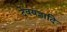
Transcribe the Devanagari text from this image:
देवयज्ञादि